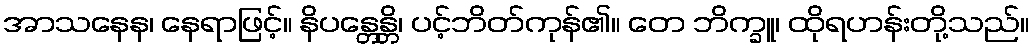
အာသနေန၊ နေရာဖြင့်။ နိပန္တေန္တိ၊ ပင့်ဘိတ်ကုန်၏။ တေ ဘိက္ခူ၊ ထိုရဟန်းတို့သည်။